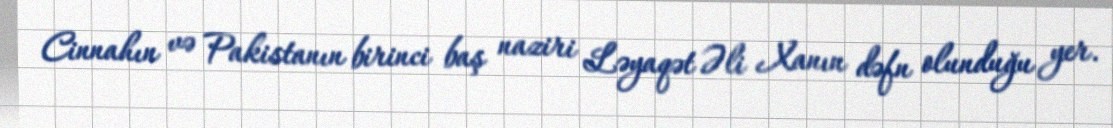
Cinnahın və Pakistanın birinci baş naziri Ləyaqət Əli Xanın dəfn olunduğu yer.